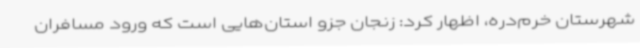
شهرستان خرم‌دره، اظهار کرد: زنجان جزو استان‌هایی است که ورود مسافران